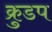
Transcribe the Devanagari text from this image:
क्रुडप